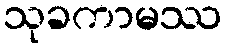
သုခကာမဿ